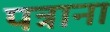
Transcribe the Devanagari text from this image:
पत्राना